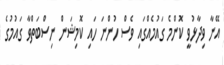
އޭނާ ވިދާޅުވީ ކޮންމެ ގައުމެއްގައި ވެސް ހުންނަ ހައި ކޮމިޝަން ނިސްބަތްވާ ގައުމުގެ